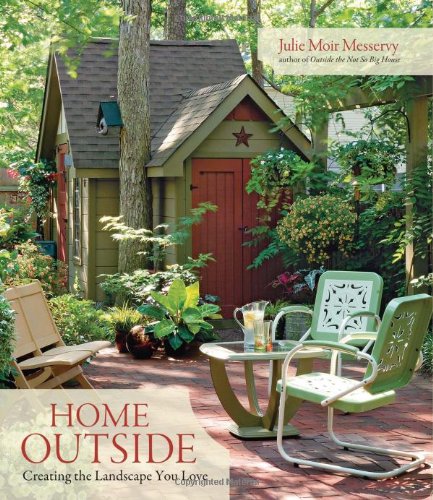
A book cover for Home Outside: Creating the Landscape You Love; Julie Moir Messervy; Crafts, Hobbies & Home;